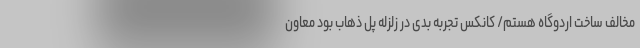
مخالف ساخت اردوگاه هستم/ کانکس تجربه بدی در زلزله پل ذهاب بود معاون